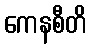
ကေနစီတိ